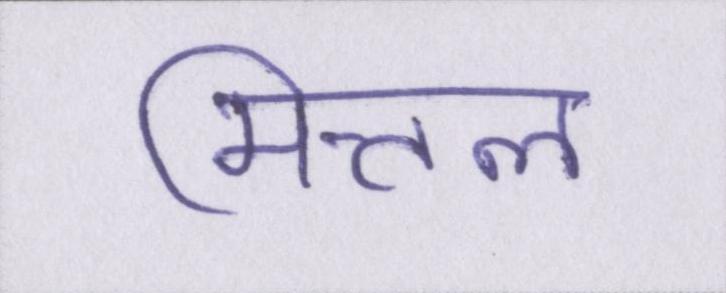
मित्तल